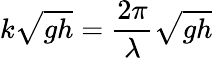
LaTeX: k{\sqrt{gh}}={\frac{2\pi}{\lambda}}{\sqrt{gh}}